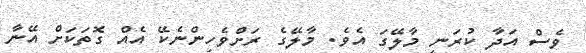
ވެސް އަދާ ކުރަނީ މާލޭގަ އެވެ. މާލޭގެ ރަށްވެހިންނެކޭ އެއް ގޮތަކަށް އޭނާ